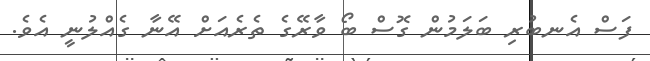
ފަސް އެނބުރި ބަލަމުން ގޮސް ބޯ ވާރޭގެ ތެރެއަށް އޭނާ ގެއްލުނީ އެވެ.